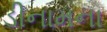
ડીનામના